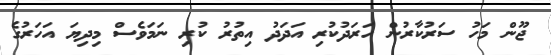
ޖޫން މަހު ސަރުކާރުން ހަރަދުކުރި އަދަދު އިތުރު ކުރި ނަމަވެސް މިދިޔަ އަހަރުގެ